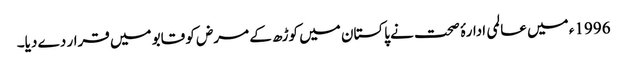
1996ء میں عالمی ادارۂ صحت نے پاکستان میں کوڑھ کے مرض کو قابو میں قرار دے دیا۔